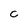
Character: C